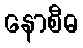
နောစီဓ